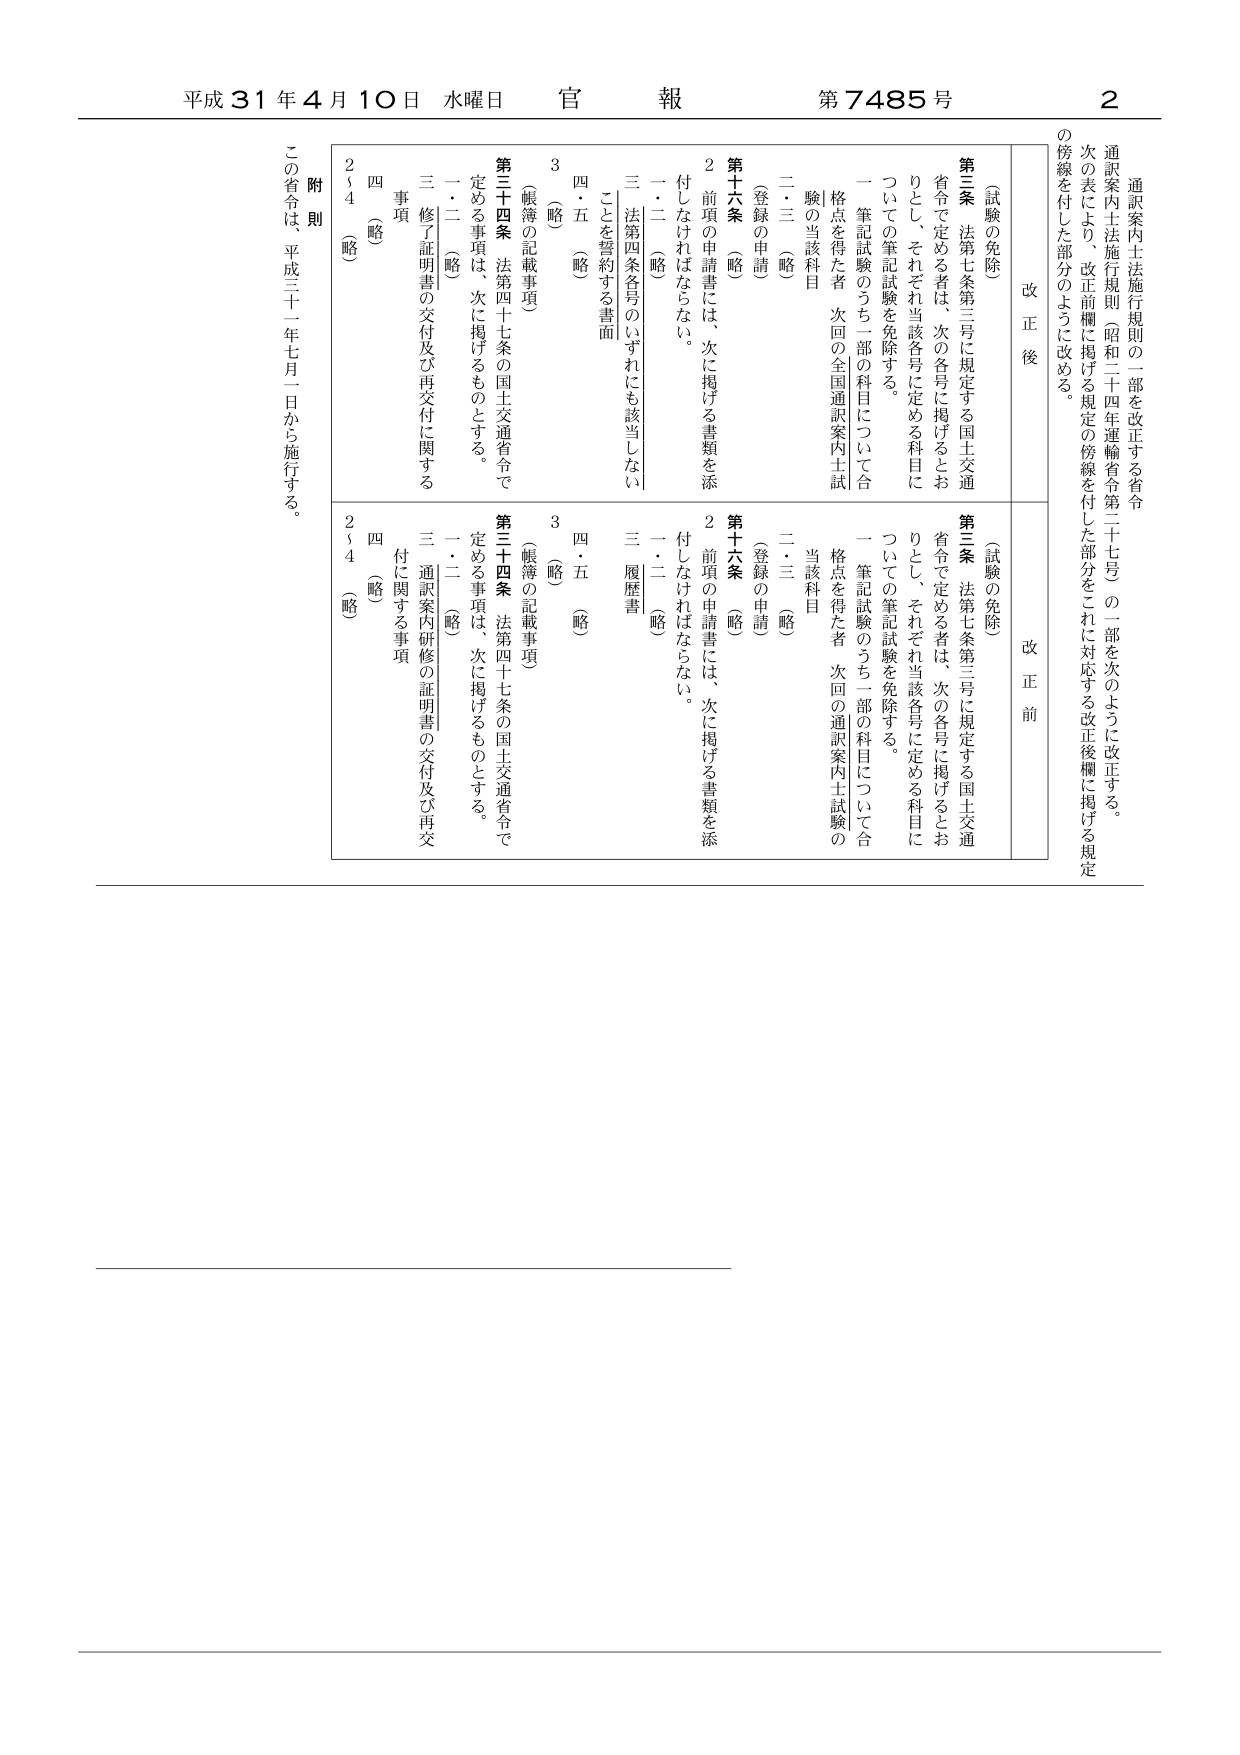
平成31年4月10日 水曜日 官報 第7485号 2

通訳案内士法施行規則の一部を改正する省令
通訳案内士法施行規則（昭和二十四年運輸省令第二十七号）の一部を次のように改正する。
次の表により、改正前欄に掲げる規定の傍線を付した部分を、これに対応する改正後欄に掲げる規定
の傍線を付した部分のように改める。

改正後
改正前

（試験の免除）
第三条 法第七条第三号に規定する国土交通
省令で定める者は、次の各号に掲げるとお
りとし、それぞれ当該各号に定める科目に
ついての筆記試験を免除する。
一 筆記試験のうち一部の科目について合
格点を得た者 次回の全国通訳案内士試
験の当該科目
二・三 （略）
（登録の申請）
第十六条 （略）
2 前項の申請書には、次に掲げる書類を添
付しなければならない。
一・二 （略）
三 法第四条各号のいずれにも該当しない
ことを誓約する書面
四・五 （略）
3 （略）
（帳簿の記載事項）
第三十四条 法第四十七条の国土交通省令で
定める事項は、次に掲げるものとする。
一・二 （略）
三 修了証明書の交付及び再交付に関する
事項
四 （略）
2～4 （略）

（試験の免除）
第三条 法第七条第三号に規定する国土交通
省令で定める者は、次の各号に掲げるとお
りとし、それぞれ当該各号に定める科目に
ついての筆記試験を免除する。
一 筆記試験のうち一部の科目について合
格点を得た者 次回の通訳案内士試験の
当該科目
二・三 （略）
（登録の申請）
第十六条 （略）
2 前項の申請書には、次に掲げる書類を添
付しなければならない。
一・二 （略）
三 履歴書
四・五 （略）
3 （略）
（帳簿の記載事項）
第三十四条 法第四十七条の国土交通省令で
定める事項は、次に掲げるものとする。
一・二 （略）
三 通訳案内研修の証明書の交付及び再交
付に関する事項
四 （略）
2～4 （略）

附則
この省令は、平成三十一年七月一日から施行する。